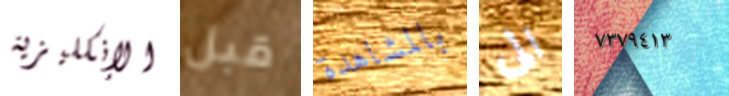
الإنكليزية قبل بالمشاهدة الى ٧٣٧٩٤١٣